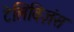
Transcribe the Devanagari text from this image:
टेलिविज़ंस